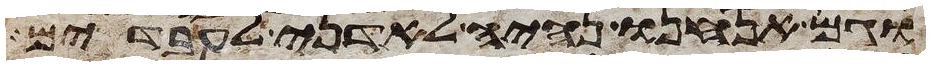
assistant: וגם אנחנו נהיה לאדני לעבדים